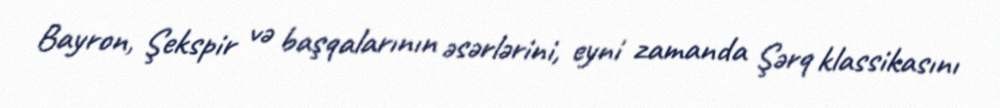
Bayron, Şekspir və başqalarının əsərlərini, eyni zamanda Şərq klassikasını